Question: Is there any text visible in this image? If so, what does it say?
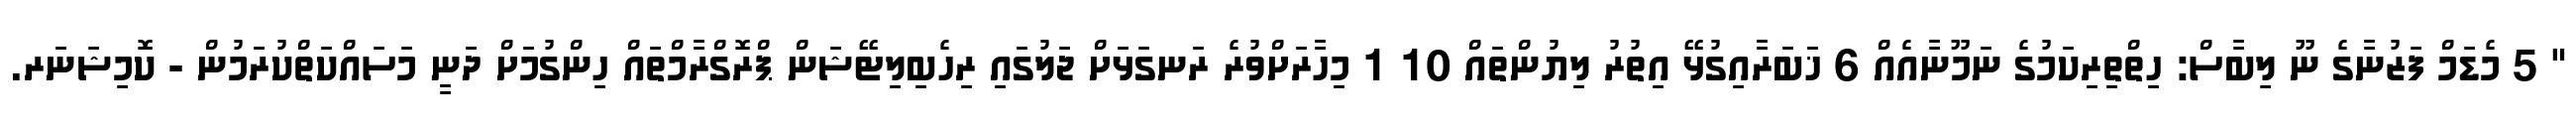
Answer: " 5 މެޑަމް ފަޒުނާގެ ނޫ ލިބާސް: ހިތްތިރިކަމުގެ ނަމޫނާއެއް 6 ޚަބަރާއިގުޅޭ އިތުރު ލިޔުންތައް 10 1 މިހާރަށްވުރެ ރަނގަޅަށް ޖަލުގައި ރިހެބިލިޓޭޝަން ޕްރޮގްރާމްތައް ހިންގުމަށް ދަނީ މަސައްކަތްކުރަމުން - ކޮމިޝަނަރ.